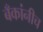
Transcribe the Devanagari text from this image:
बँकांनीच